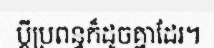
ប្តីប្រពន្ធក៏ដូចគ្នាដែរ។